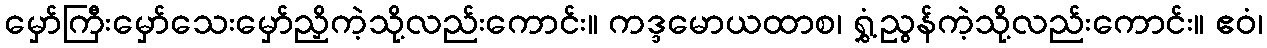
မှော်ကြီးမှော်သေးမှော်ညှိကဲ့သို့လည်းကောင်း။ ကဒ္ဒမောယထာစ၊ ရွှံ့ညွန်ကဲ့သို့လည်းကောင်း။ ဧဝံ၊